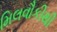
મિલવૌકીથી